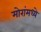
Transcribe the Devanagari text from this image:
मोरांमध्ये